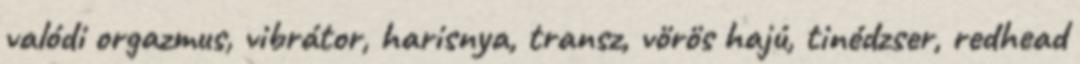
valódi orgazmus, vibrátor, harisnya, transz, vörös hajú, tinédzser, redhead